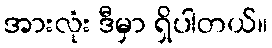
အားလုံး ဒီမှာ ရှိပါတယ်။